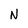
Character: N